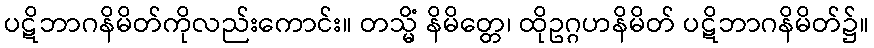
ပဋိဘာဂနိမိတ်ကိုလည်းကောင်း။ တသ္မိံ နိမိတ္တေ၊ ထိုဥဂ္ဂဟနိမိတ် ပဋိဘာဂနိမိတ်၌။